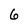
Character: 6